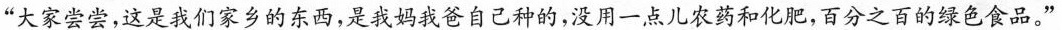
“大家尝尝，这是我们家乡的东西，是我妈我爸自己种的，没用一点儿农药和化肥，百分之百的绿色食品。”